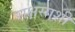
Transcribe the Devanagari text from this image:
राक्षसाशी